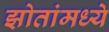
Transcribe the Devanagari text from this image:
झोतांमध्ये